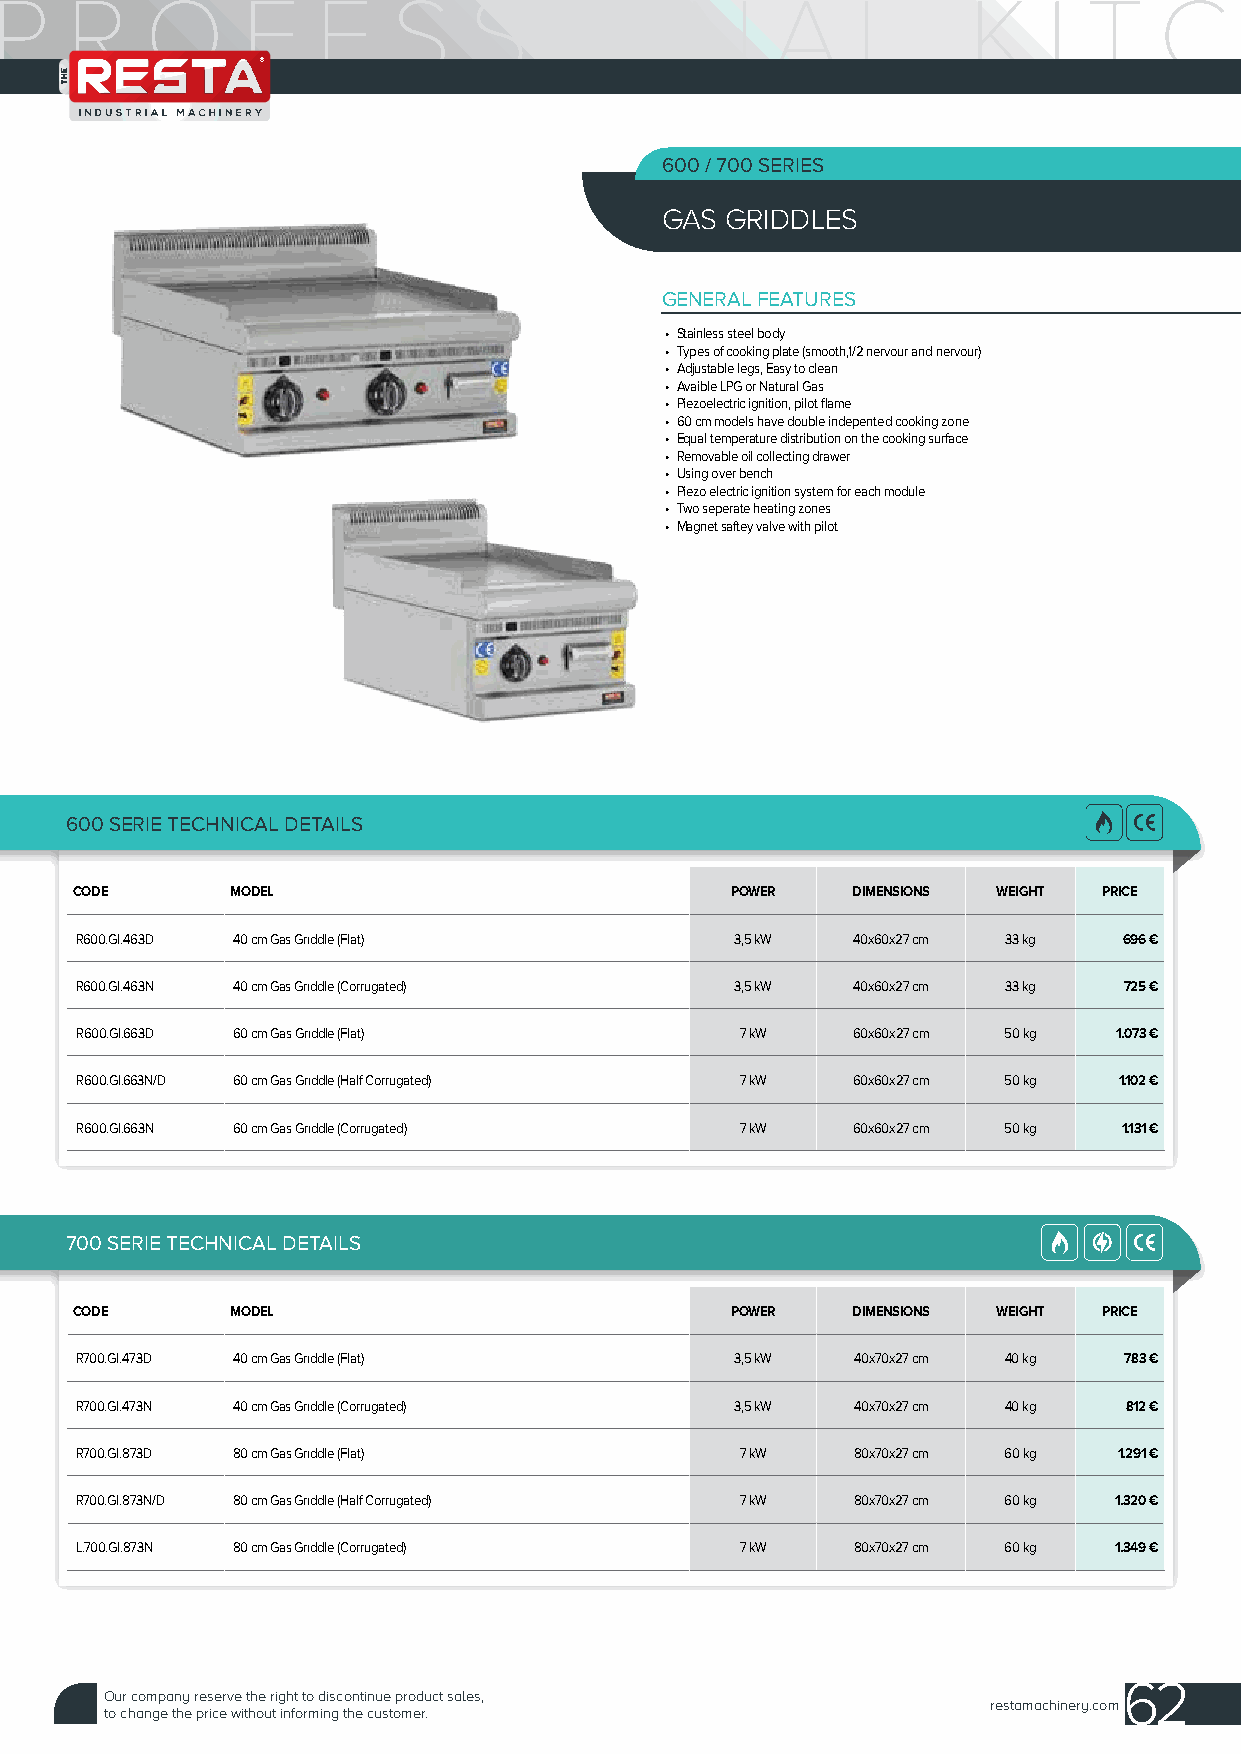
600 / 700 SERIES
 GAS GRIDDLES
 GENERAL FEATURES
 • Stainless steel body
 • Types of cooking plate (smooth,1/2 nervour and nervour)
 • Adjustable legs, Easy to clean
 • Avaible LPG or Natural Gas
 • Piezoelectric ignition, pilot flame
 • 60 cm models have double indepented cooking zone
 • Equal temperature distribution on the cooking surface
 • Removable oil collecting drawer
 • Using over bench
 • Piezo electric ignition system for each module
 • Two seperate heating zones
 • Magnet saftey valve with pilot
 600 SERIE TECHNICAL DETAILS
 CODE      MODEL                            POWER   DIMENSIONS WEIGHT PRICE
 R600.GI.463D 40 cm Gas Grıddle (Flat)       3,5 kW 40x60x27 cm 33 kg 696 €
 R600.GI.463N 40 cm Gas Grıddle (Corrugated) 3,5 kW 40x60x27 cm 33 kg 725 €
 R600.GI.663D 60 cm Gas Grıddle (Flat)       7 kW   60x60x27 cm 50 kg 1.073 €
 R600.GI.663N/D 60 cm Gas Grıddle (Half Corrugated) 7 kW 60x60x27 cm 50 kg 1.102 €
 R600.GI.663N 60 cm Gas Grıddle (Corrugated) 7 kW   60x60x27 cm 50 kg 1.131 €
 700 SERIE TECHNICAL DETAILS
 CODE      MODEL                            POWER   DIMENSIONS WEIGHT PRICE
 R700.GI.473D 40 cm Gas Grıddle (Flat)       3,5 kW 40x70x27 cm 40 kg 783 €
 R700.GI.473N 40 cm Gas Grıddle (Corrugated) 3,5 kW 40x70x27 cm 40 kg 812 €
 R700.GI.873D 80 cm Gas Grıddle (Flat)       7 kW   80x70x27 cm 60 kg 1.291 €
 R700.GI.873N/D 80 cm Gas Grıddle (Half Corrugated) 7 kW 80x70x27 cm 60 kg 1.320 €
 L.700.GI.873N 80 cm Gas Grıddle (Corrugated) 7 kW  80x70x27 cm 60 kg 1.349 €
 62
 Our company reserve the right to discontinue product sales,
 restamachinery.com
 to change the price without informing the customer.